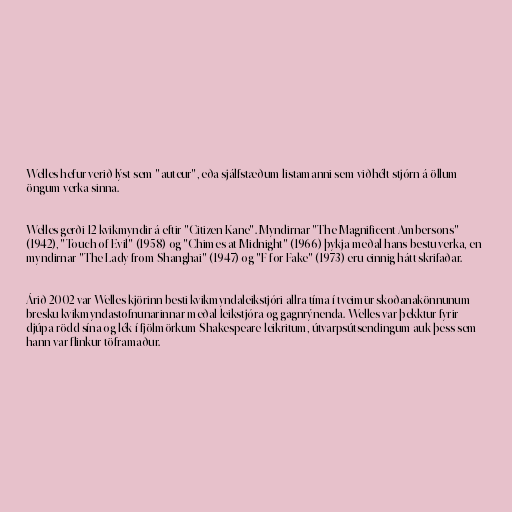
Welles hefur verið lýst sem "auteur", eða sjálfstæðum listamanni sem viðhélt stjórn á öllum
öngum verka sinna.

Welles gerði 12 kvikmyndir á eftir "Citizen Kane". Myndirnar "The Magnificent Ambersons"
(1942), "Touch of Evil" (1958) og "Chimes at Midnight" (1966) þykja meðal hans bestu verka, en
myndirnar "The Lady from Shanghai" (1947) og "F for Fake" (1973) eru einnig hátt skrifaðar.

Árið 2002 var Welles kjörinn besti kvikmyndaleikstjóri allra tíma í tveimur skoðanakönnunum
bresku kvikmyndastofnunarinnar meðal leikstjóra og gagnrýnenda. Welles var þekktur fyrir
djúpa rödd sína og lék í fjölmörkum Shakespeare-leikritum, útvarpsútsendingum auk þess sem
hann var flinkur töframaður.